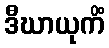
ဒီဃာယုကိံ